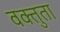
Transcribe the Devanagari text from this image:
वक्तुता